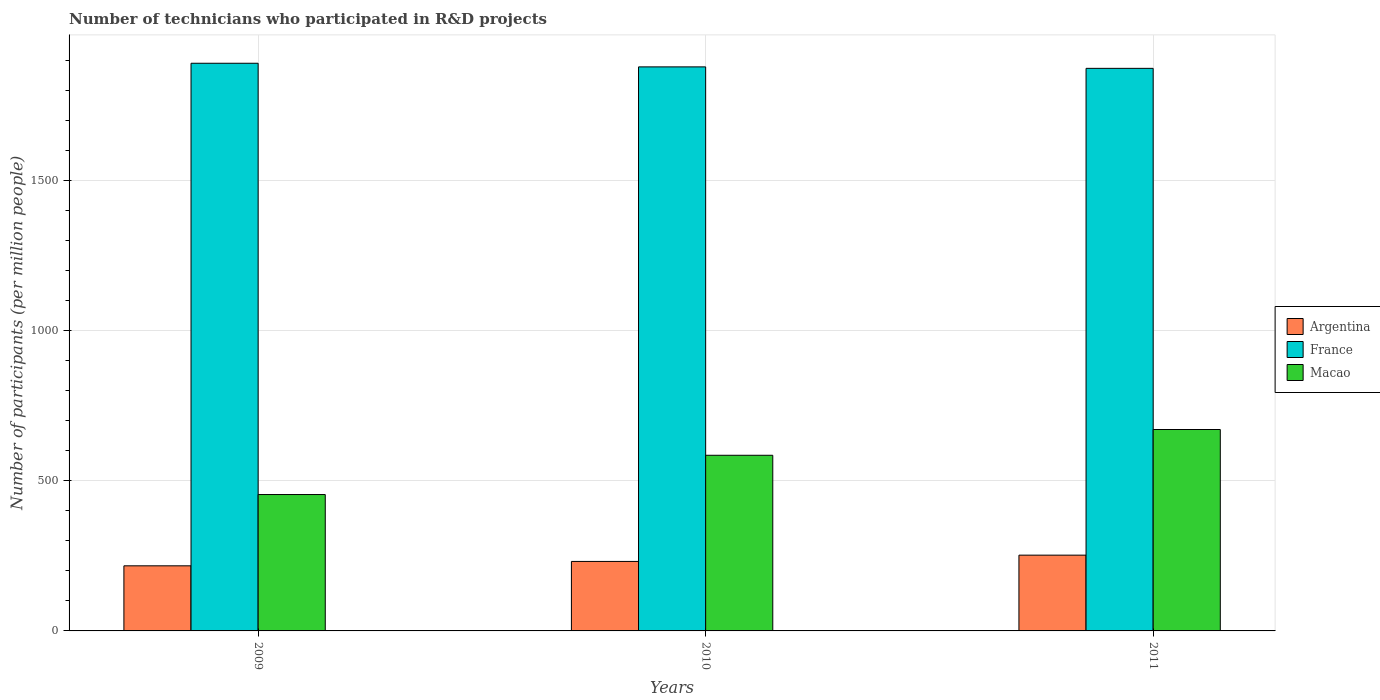
| Years | Argentina | France | Macao |
 | --- | --- | --- | --- |
 | 2009 | 217 | 1.89e+03 | 455 |
 | 2010 | 232 | 1.88e+03 | 585 |
 | 2011 | 253 | 1.88e+03 | 671 |